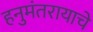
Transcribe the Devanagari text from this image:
हनुमंतरायाचे